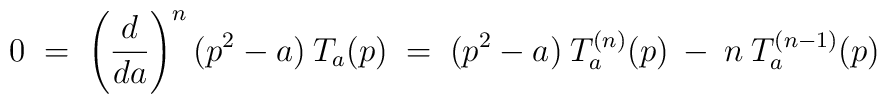
0 \;=\; \left(\frac{d}{da}\right)^{n} (p^2-a) \: T_a(p)        \;=\; (p^2-a) \: T^{(n)}_a(p) \:-\: n \: T_a^{(n-1)}(p)